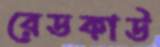
রেডকাউ